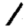
Digit: 1